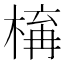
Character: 𣕛